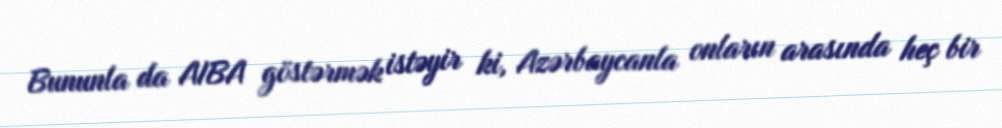
Bununla da AIBA göstərmək istəyir ki, Azərbaycanla onların arasında heç bir